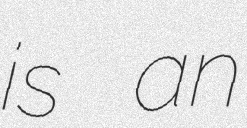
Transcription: is an